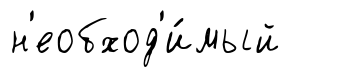
н'еобход'и́мый